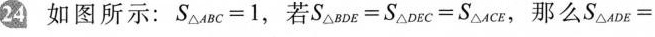
24如图所示：$$S _ { △ A B C } = 1$$，若$$S _ { △ B D E } = S_{ △ D E C } = S _ { △ A C E }$$，那么$$S _ { △ A D E } =